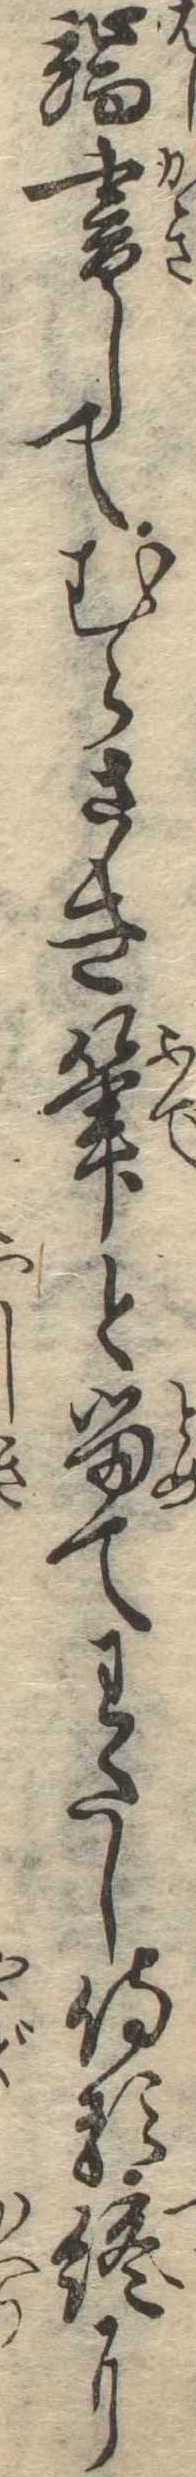
端書してむらさき筆と留てわたし侍る終に